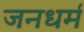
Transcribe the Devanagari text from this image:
जनधर्म